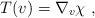
LaTeX: \begin{align*}T(v) = \nabla_v\chi~,\end{align*}